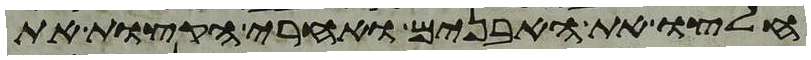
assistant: חלצו את האבנים ואחרי הקצות את